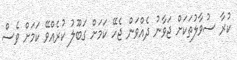
ކުރާ ސުވާލުތަކަށް ޖަވާނު ދެއްވަން ޖެހޭ ކަމަށް ގަބޫލު ކުރެއްވޭ ކަމަށް ވެސް